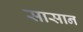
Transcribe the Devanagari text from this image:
सासान